Leaving Certificate Examination (including Day School Certificate (Higher) General paper), 1928
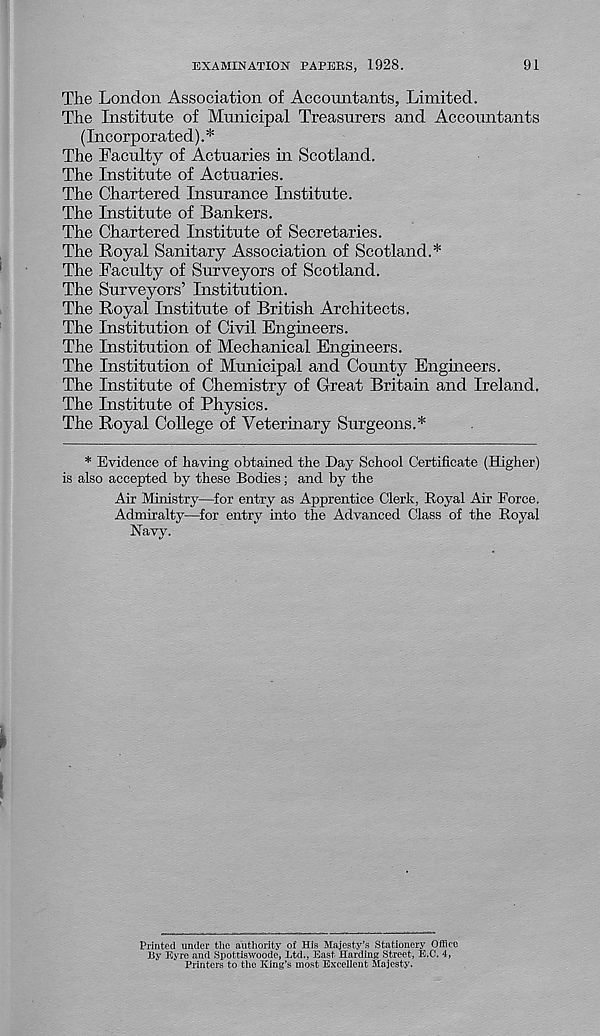
EXAMINATION PAPERS, 1928.
91
The London Association of Accountants, Limited.
The Institute of Municipal Treasurers and Accountants
(Incorporated).*
The Faculty of Actuaries in Scotland.
The Institute of Actuaries.
The Chartered Insurance Institute.
The Institute of Bankers.
The Chartered Institute of Secretaries.
The Royal Sanitary Association of Scotland.*
The Faculty of Surveyors of Scotland.
The Surveyors’ Institution.
The Royal Institute of British Architects.
The Institution of Civil Engineers.
The Institution of Mechanical Engineers.
The Institution of Municipal and County Engmeers.
The Institute of Chemistry of Great Britain and Ireland,
The Institute of Physics.
The Royal College of Veterinary Surgeons.*
* Evidence of having obtained the Day School Certificate (Higher)
is also accepted by these Bodies; and by the
Air Ministry—for entry as Apprentice Clerk, Royal Air Force.
Admiralty—for entry into the Advanced Class of the Royal
Navy.
Printed under the authority of His Majesty’s Stationery Office
By Eyre and Spottiswoodc, Ltd., East Harding Street, E.C. 4,
Printers to the King’s most Excellent Majesty.